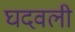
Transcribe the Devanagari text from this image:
घदवली